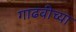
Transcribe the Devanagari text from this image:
गाढवीच्या